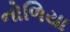
નોળિયા